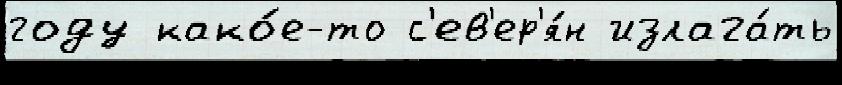
году како́е-то с'ев'ер'я́н излага́ть